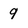
Character: 9